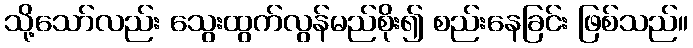
သို့သော်လည်း သွေးထွက်လွန်မည်စိုး၍ စည်းနေခြင်း ဖြစ်သည်။